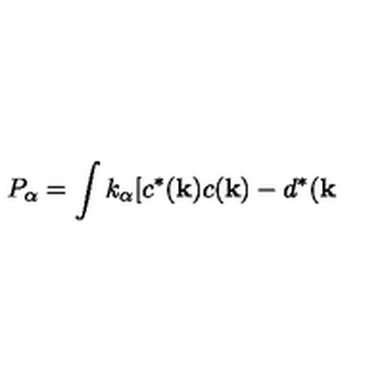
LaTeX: P _ { \alpha } = \int k _ { \alpha } [ c ^ { \ast } ( { \bf k } ) c ( { \bf k } ) - d ^ { \ast } ( { \bf k }